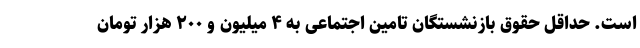
است. حداقل حقوق بازنشستگان تامین اجتماعی به ۴ میلیون و ۲۰۰ هزار تومان